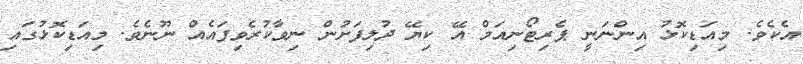
އެކެވެ. މިއަޑިކޮޅު އިންނަނީ ޕެރިޓޯނިއަމް އޭ ކިޔޭ ދުލިފަށުން ނިވާކުރެވިފައެއް ނޫނެވެ. މިއަޑިކޮޅުގައި